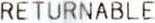
RETURNABLE